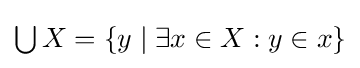
{\textstyle \bigcup X=\{y\mid \exists x\in X:y\in x\}}